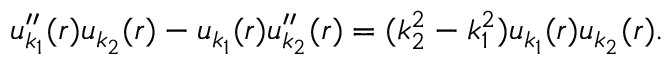
u _ { k _ { 1 } } ^ { \prime \prime } ( r ) u _ { k _ { 2 } } ( r ) - u _ { k _ { 1 } } ( r ) u _ { k _ { 2 } } ^ { \prime \prime } ( r ) = ( k _ { 2 } ^ { 2 } - k _ { 1 } ^ { 2 } ) u _ { k _ { 1 } } ( r ) u _ { k _ { 2 } } ( r ) .